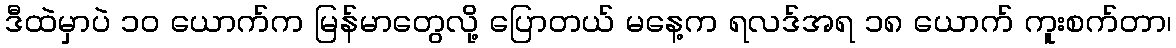
ဒီထဲမှာပဲ ၁၀ ယောက်က မြန်မာတွေလို့ ပြောတယ် မနေ့က ရလဒ်အရ ၁၈ ယောက် ကူးစက်တာ၊